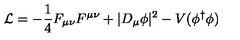
{ \mathcal L } = - \frac { 1 } { 4 } F _ { \mu \nu } F ^ { \mu \nu } + \vert D _ { \mu } \phi \vert ^ { 2 } - V ( \phi ^ { \dagger } \phi )